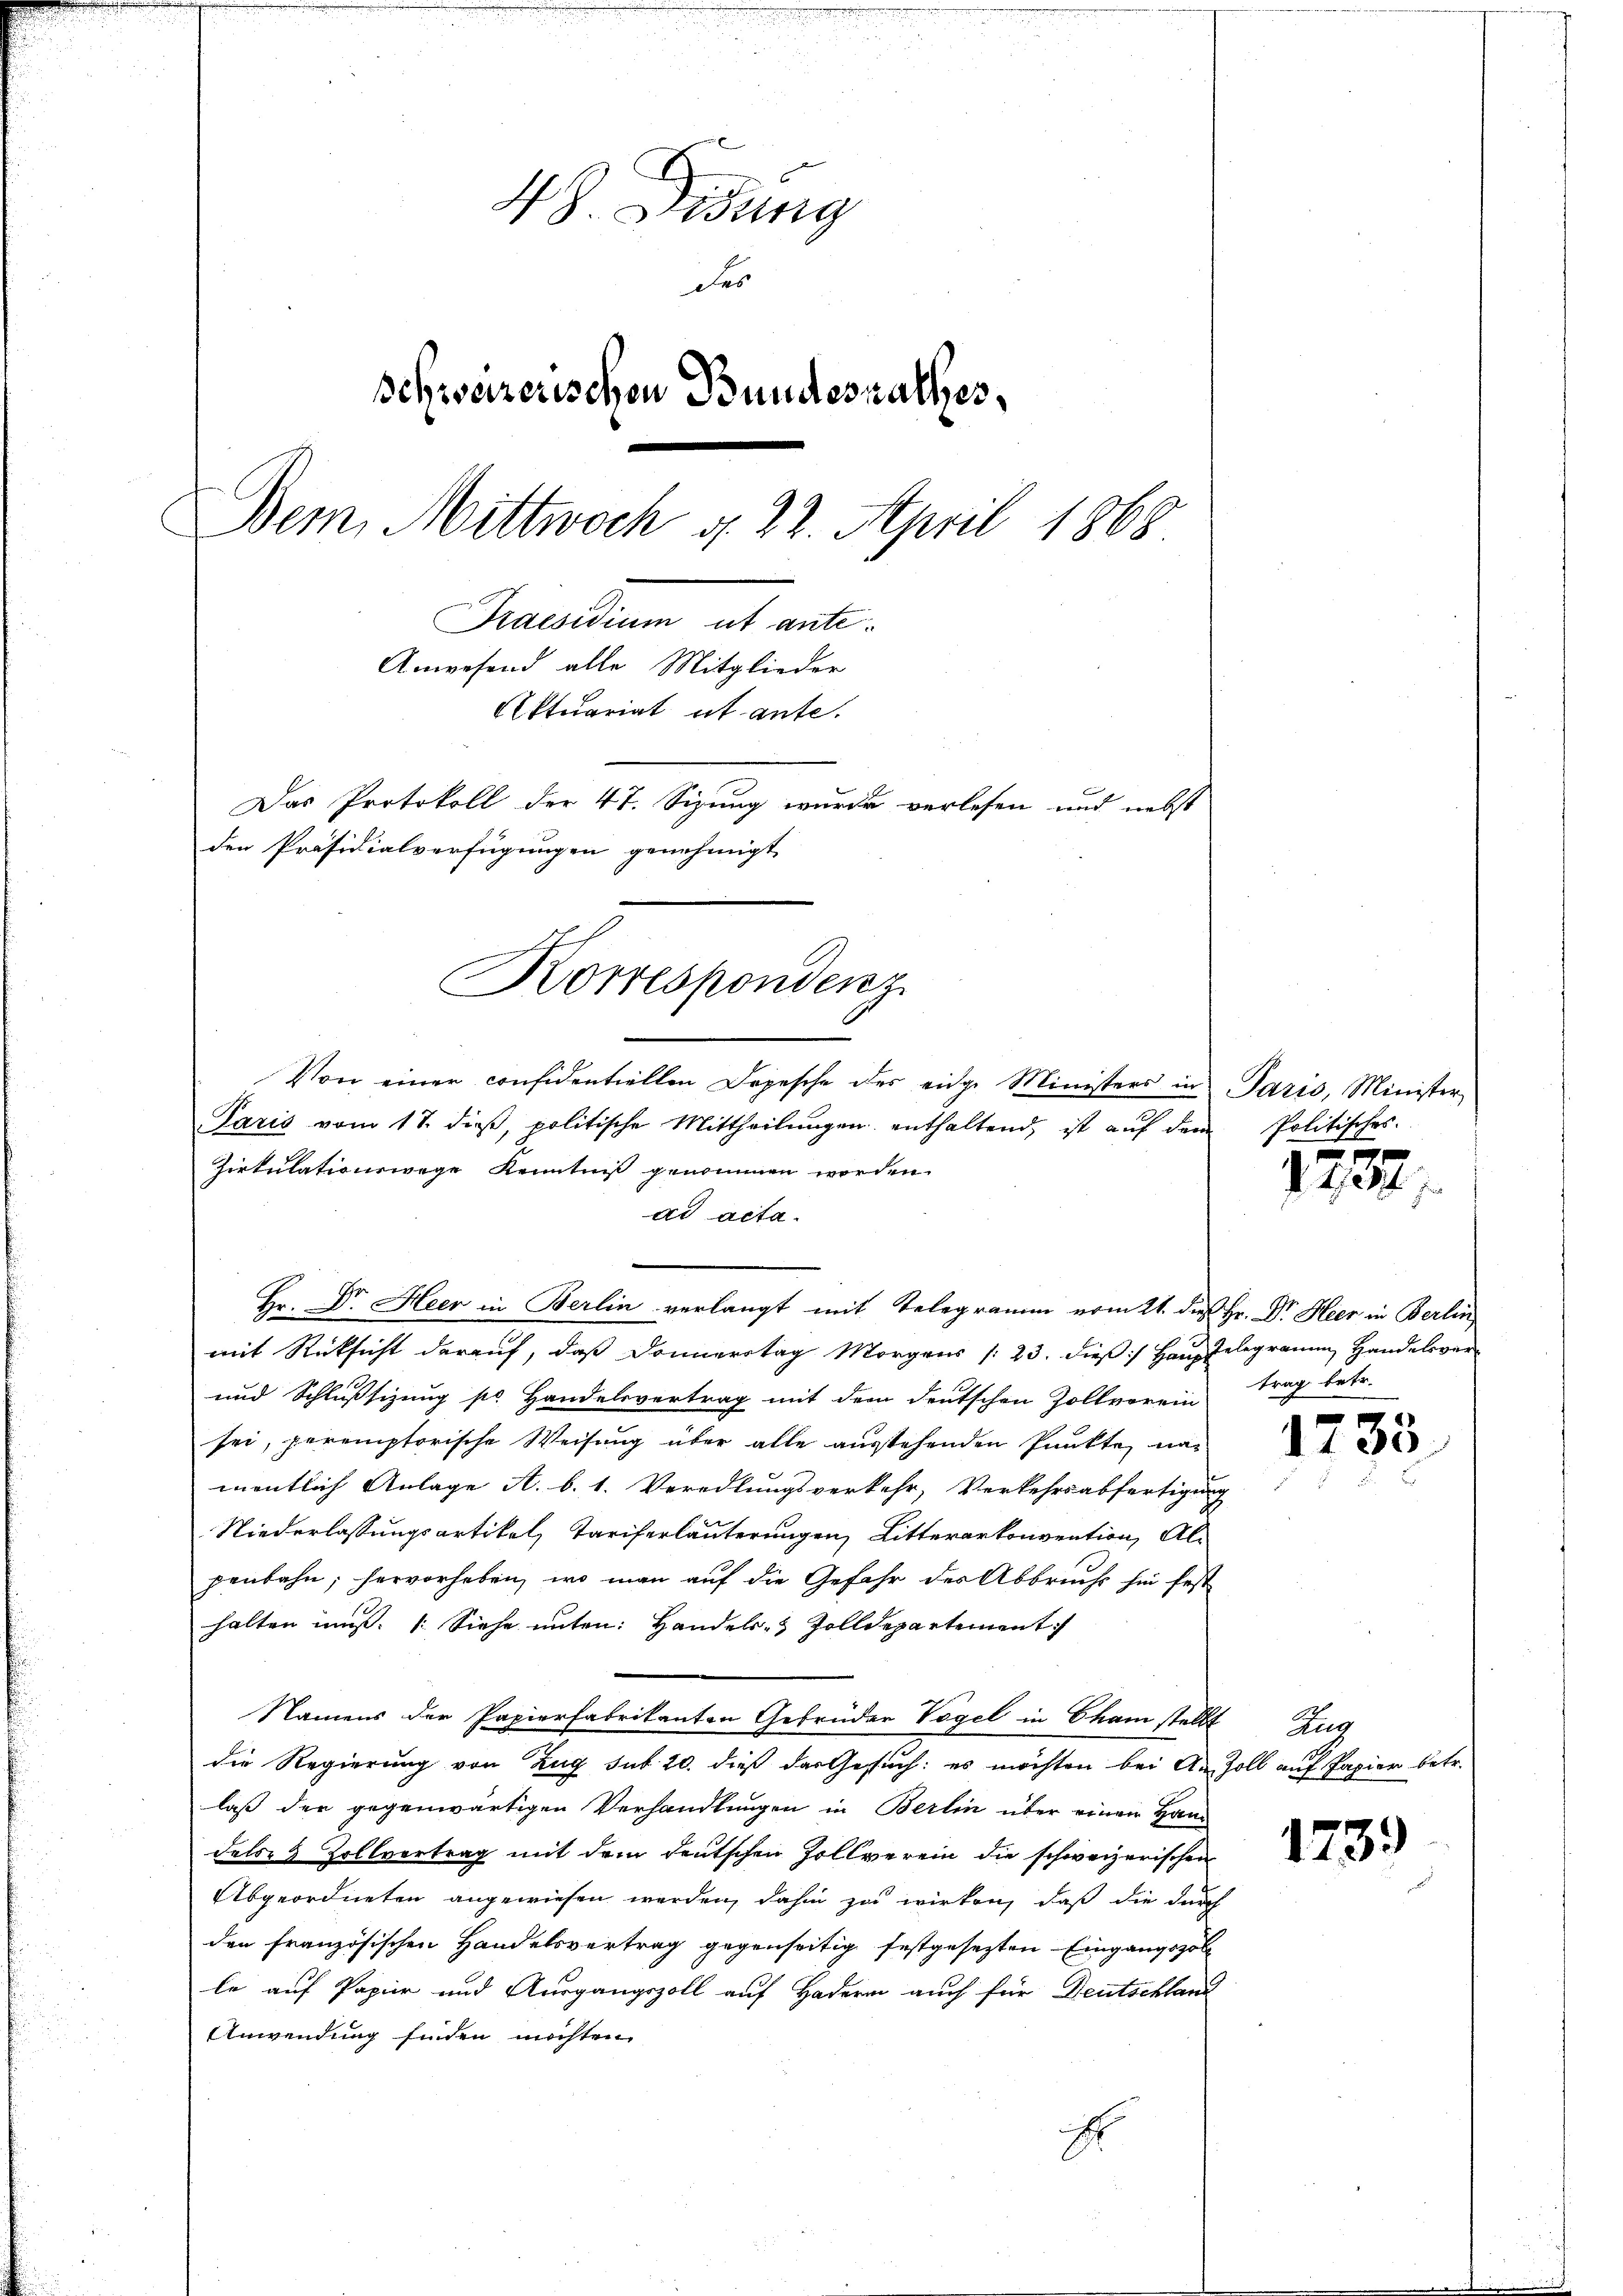
48. Didung
des
schweizerischen Bundesrathes,
Dem Mittwoch d. 22. April 1868
Praesidium ut ante
Anwesend alle Mitglieder
Aktuariat ut ante.
Das Protokoll der 47. Sizung wurde verlesen und nebst
den Präsidialverfügungen genehmigt

Korrespondenz
Von einer considentiellen Depesche des eidge Ministers in

Paris vom 17. dieβ, politische Mittheilŭngen enthaltend, ist aŭf dem
Zirtulationswege Kenntniß genommen worden.
ad acta.
Hr. Dr. Heer in Berlin verlangt mit Telegramm vom 21. die Hr. Dr. Heer in Berlin
mit Rücksicht darauf, daß Donnerstag Morgens (23. dieß) Haus Telegramm, Handelsver¬
und Schlußtizung pr Handelsvertrag mit dem deutschen Zollvorein
sei, peremptorische Weisung über alle ausstehenden Punkte, nac
mentlich Anlage A. b. 1. Veredlungsverkehr, Verkehrsabfertigu
Niederlassungsartikel, Tariferläuterungen, Litterarkonvention, Alpenbahn, hervorheben, wo man auf die Gefahr des Abbruche sie fest
halten uns. 1. Siehe unten: Handels- Zolldepartement
Namens der Papierfabrikanten Gebrüder Vogel in Cham stellt
die Regierung von Zug sub 20. dieß das Gesuch: es möchten bei Anlaß der gegenwärtigen Verhandlungen in Berlin über einen Handels- & Zollvertrag mit dem deutschen Zollverein die schweizerischen
Abgeordneten angewiesen werden, dahin zu wirken, daß die durch
den französischen Handelsvertrag gegenseitig festgesezten Eingangspol
le auf Papier und Ausgangszoll auf Hadern auch für Deutschland
Anwendung finden möchten.
H

Paris, Minister,
Politisches.

1282

trag betr.

1733

Zug
Zoll auf Papier betr.

1739)